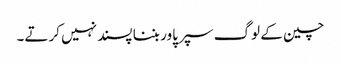
چین کے لوگ سپر پاور بننا پسند نہیں کرتے۔